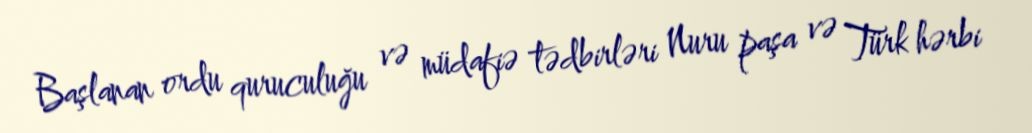
Başlanan ordu quruculuğu və müdafiə tədbirləri Nuru paşa və Türk hərbi